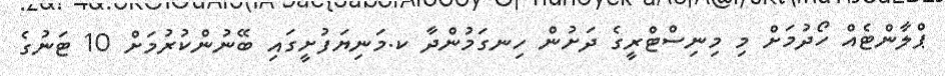
ޕްލާންޓެއް ހޯދުމަށް މި މިނިސްޓްރީގެ ދަށުން ހިނގަމުންދާ ކ.މަނިޔަފުށީގައި ބޭނުންކުރުމަށް 10 ޓަނުގެ